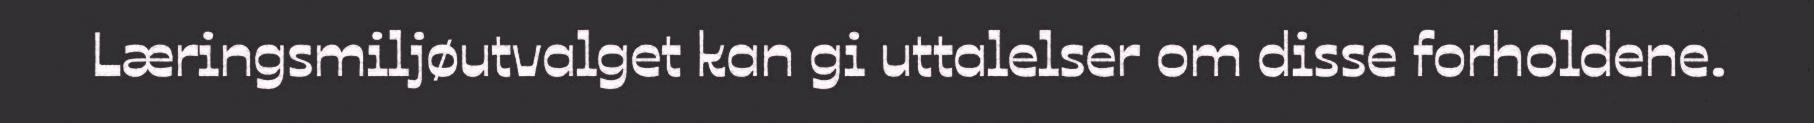
Læringsmiljøutvalget kan gi uttalelser om disse forholdene.